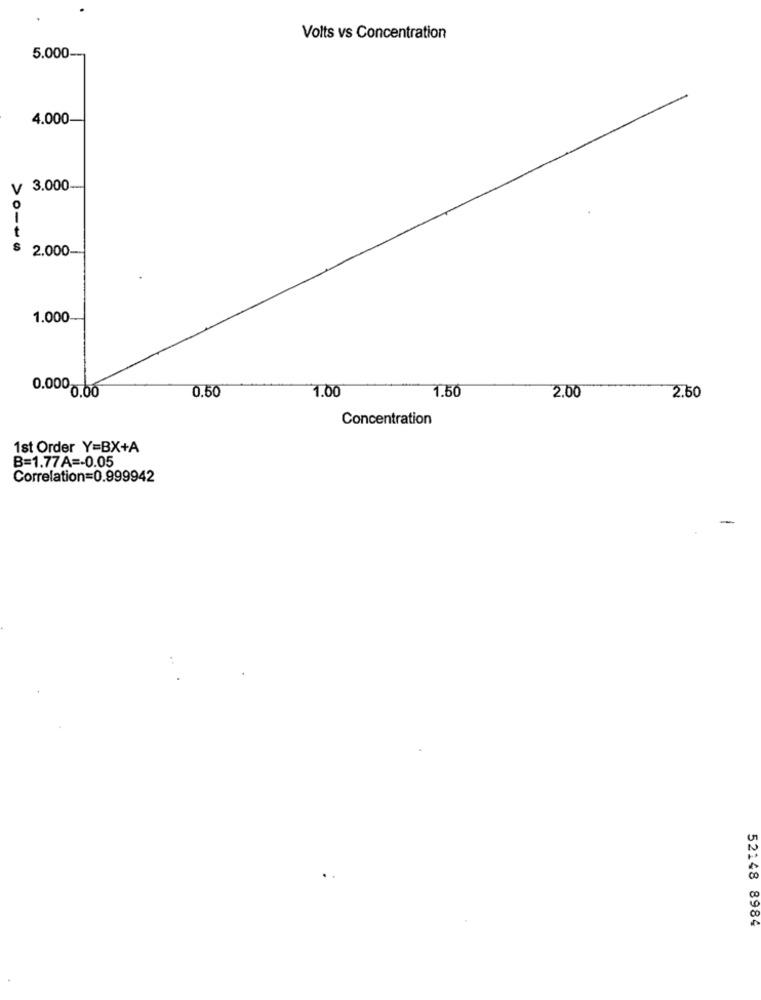
Volts vs Concentration
5.000
4.000
V 3.000
O
1
t
S
2.000
1.000
0.50
1.00
1.50
2.00
0.0000.00
2.50
Concentration
1st Order Y=BX+A
B=1.77A =- 0.05
Correlation=0.999942
52148 8984